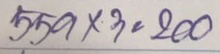
559 x 3 = 200